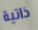
ذاتية